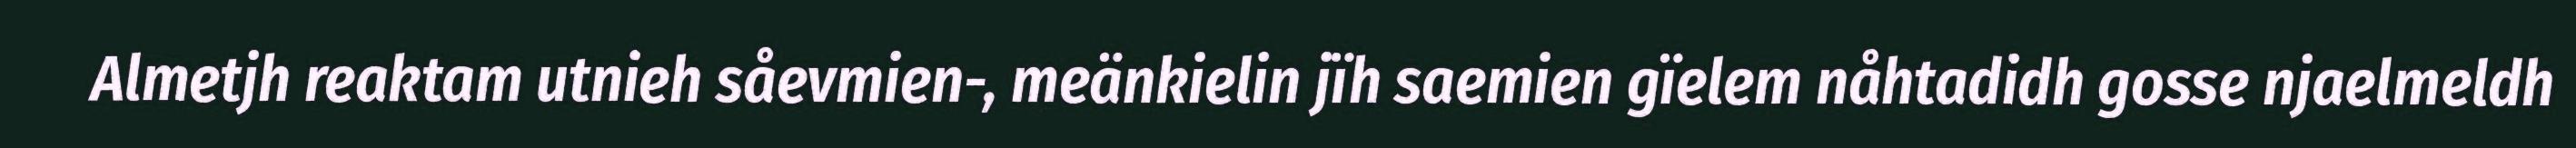
Almetjh reaktam utnieh såevmien-, meänkielin jïh saemien gïelem nåhtadidh gosse njaelmeldh